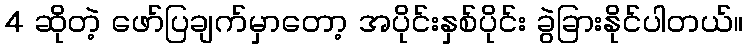
4 ဆိုတဲ့ ဖော်ပြချက်မှာတော့ အပိုင်းနှစ်ပိုင်း ခွဲခြားနိုင်ပါတယ်။